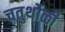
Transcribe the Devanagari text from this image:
चतुर्थोळी